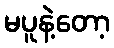
မပူနဲ့တော့